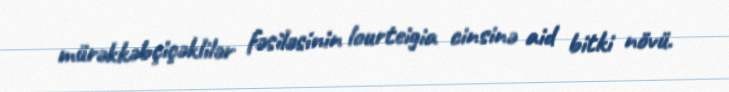
mürəkkəbçiçəklilər fəsiləsinin lourteigia cinsinə aid bitki növü.